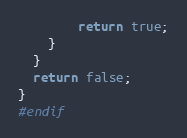
Language: C++
        return true;
    }
  }
  return false;
}
#endif